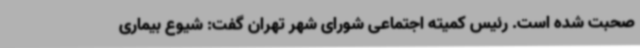
صحبت شده است. رئیس کمیته اجتماعی شورای شهر تهران گفت: شیوع بیماری